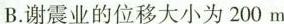
B.谢震业的位移大小为200m